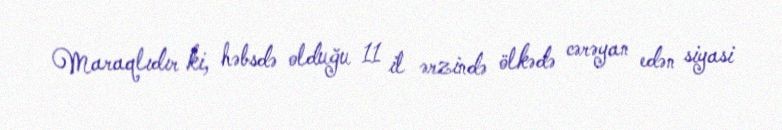
Maraqlıdır ki, həbsdə olduğu 11 il ərzində ölkədə cərəyan edən siyasi